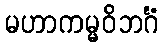
မဟာကမ္မဝိဘင်္ဂံ